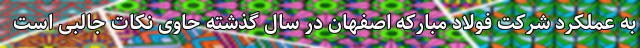
به عملکرد شرکت فولاد مبارکه اصفهان در سال گذشته حاوی نکات جالبی است